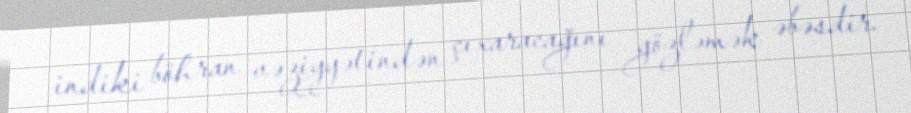
indiki böhran vəziyyətindən çıxaracağını gözləmək əbəsdir.